Report of an investigation into the causes of malaria in Bombay and the measures necessary for its control
Disease focus: Malaria
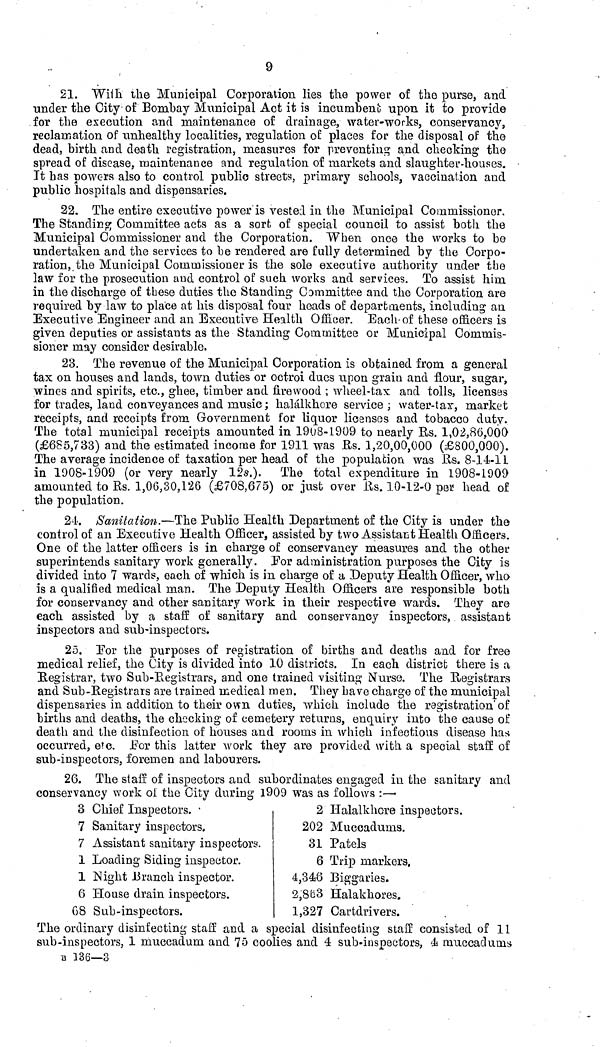
9
21. Willi the Municipal Corporation lies the power of the purse, and
under the City of Bombay Municipal Act it is incumbent upon it to provide
for the execution and maintenance of drainage, water-works, conservancy,
reclamation of unhealthy localities, regulation of places for the disposal of the
dead, birth and death registration, measures for preventing and checking the
spread of disease, maintenance and regulation of markets and slaughter-houses.
It has powers also to control public streets, primary schools, vaccination and
public hospitals and dispensaries.
22. The entire executive power is vested in the Municipal Commissioner,
The Standing Committee acts as a sort of special council to assist both the
Municipal Commissioner and the Corporation. When once the works to be
undertaken and the services to he rendered are fully determined by the Corpo-
ration,, the Municipal Commissioner is the sole executive authority under the
law for the prosecution and control of such works and services. To assist him
in the discharge of these duties the Standing Committee and the Corporation are
required by law to place at his disposal four heads of departments, including an
Executive Engineer and an Executive Health Officer. Each of these officers is
given deputies or assistants as the Standing Committee or Municipal Commis-
sioner may consider desirable.
23. The revenue of the Municipal Corporation is obtained from a general
tax on houses and lands, town duties or octroi dues upon grain and flour, sugar,
wines and spirits, etc., ghee, timber and firewood ; wheel-tax and tolls, licenses
for trades, land conveyances and music ; halálkhore service ; water-tax, market
receipts, and receipts from Government for liquor licenses and tobacco duty.
The total municipal receipts amounted in 1908-1909 to nearly Rs. 1,02,86,000
(£685,733) and the estimated income for 1911 was Rs. 1,20,00,000 (£800,000).
The average incidence of taxation per head of the population was Rs. 8-14-11
in 1908-1909 (or very nearly 12s,). The total expenditure in 1908-1909
amounted to Rs. 1,06,30,126 (£708,675) or just over Us. 10-12-0 per head of
the population.
24. Sanitation.—The Public Health Department of the City is under the
control of an Executive Health Officer, assisted by two Assistant Health Officers.
One of the latter officers is in charge of conservancy measures and the other
superintends sanitary work generally. For administration purposes the City is
divided into 7 wards, each of which is in charge of a Deputy Health Officer, who
is a qualified medical man. The Deputy Health Officers are responsible both
for conservancy and other sanitary work in their respective wards. They are
each assisted by a staff of sanitary and conservancy inspectors, assistant
inspectors and sub-inspectors.
25. For the purposes of registration of births and deaths and for free
medical relief, the City is divided into 10 districts. In each district there is a
Registrar, two Sub-Registrars, and one trained visiting Nurse. The Registrars
and Sub-Registrars are trained medical men. They have charge of the municipal
dispensaries in addition to their own duties, which include the registration of
births and deaths, the checking of cemetery returns, enquiry into the cause of
death and the disinfection of houses and rooms in which infectious disease has
occurred, etc. For this latter work they are provided with a special staff of
sub-inspectors, foremen and labourers.
26. The staff of inspectors and subordinates engaged in the sanitary and
conservancy work of the City during 1,909 was as follows :—•
3 Chief Inspectors.
7 Sanitary inspectors,
7 Assistant sanitary inspectors.
1 Loading Siding inspector.
1 Night Branch inspector.
6 House drain inspectors.
68 Sub-inspectors.
2 Halalkhore inspectors.
202 Muccadums.
31 Patels
6 Trip markers,
4,346 Biggaries.
2,853 Halakhores.
1,327 Cartdrivers.
The ordinary disinfecting staff and a special disinfecting staff consisted of 11
sub-inspectors, 1 muccadum and 75 coolies and 4 sub-inspectors, 4 muccadums
B 336—3